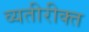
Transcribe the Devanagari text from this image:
व्यतीरीक्त